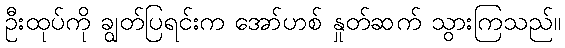
ဦးထုပ်ကို ချွတ်ပြရင်းက အော်ဟစ် နှုတ်ဆက် သွားကြသည်။